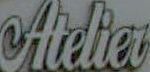
Atelier